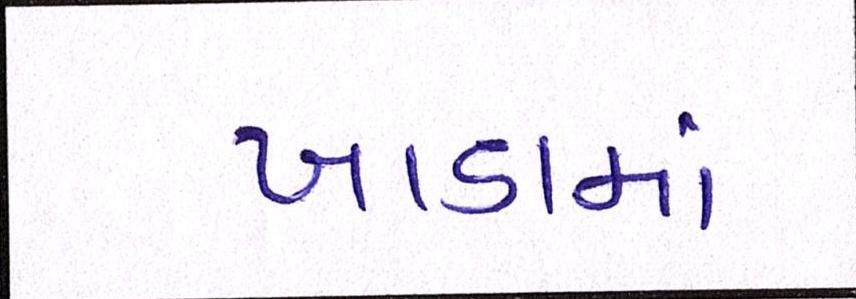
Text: ખાડામાં